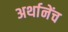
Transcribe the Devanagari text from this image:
अर्थानेंच